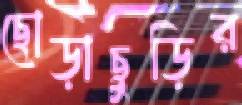
ছোড়াছুড়ির